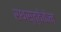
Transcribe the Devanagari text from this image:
रथस्त्वेकेन